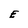
Character: E